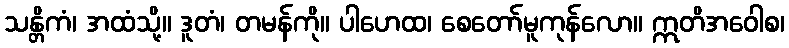
သန္တိကံ၊ အထံသို့။ ဒူတံ၊ တမန်ကို။ ပါဟေထ၊ စေတော်မူကုန်လော။ ဣတိအဝေါစ၊